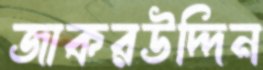
জাকরউদ্দিন